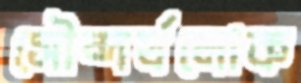
সৌন্দর্যলোক